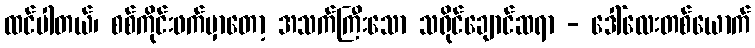
ထင်ပါတယ်၊ စစ်ကိုင်းဖက်မှာတော့ အသက်ကြီးသော သရိုင်ချောင်ဆရာ - ဒေါ်လေးတစ်ယောက်